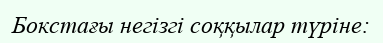
Бокстағы негізгі соққылар түріне: